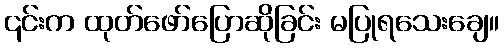
၎င်းက ထုတ်ဖော်ပြောဆိုခြင်း မပြုရသေးချေ။